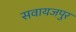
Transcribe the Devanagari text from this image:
सवायजपुर